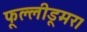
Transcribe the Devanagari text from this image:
फूल्लीडूमर।